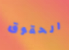
الحقوق